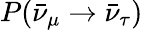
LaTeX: P(\bar{\nu}_{\mu}\to\bar{\nu}_{\tau})